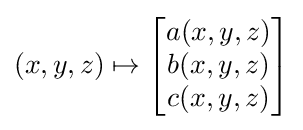
(x,y,z)\mapsto {\begin{bmatrix}a(x,y,z)\\b(x,y,z)\\c(x,y,z)\end{bmatrix}}